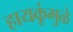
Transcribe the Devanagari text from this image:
हायकूंमुळे